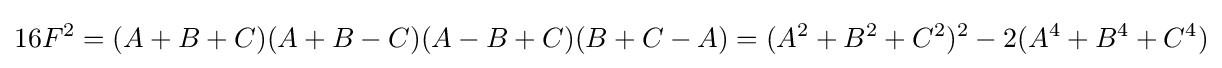
16F^{2}=(A+B+C)(A+B-C)(A-B+C)(B+C-A)=(A^{2}+B^{2}+C^{2})^{2}-2(A^{4}+B^{4}+C^{4})